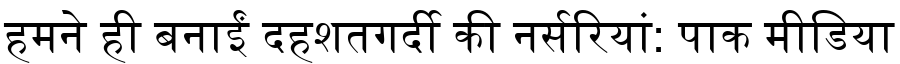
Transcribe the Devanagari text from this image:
हमने ही बनाईं दहशतगर्दी की नर्सरियां: पाक मीडिया